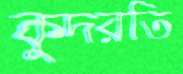
কুদরতি